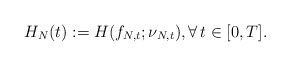
\begin{align*} H_{N} (t) := H (f_{N,t}; \nu_{N,t}), \forall\,t\in[0,T].\end{align*}